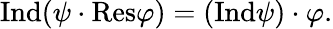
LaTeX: {\mathrm{Ind}}(\psi\cdot{\mathrm{Res}}\varphi)=({\mathrm{Ind}}\psi)\cdot\varphi.